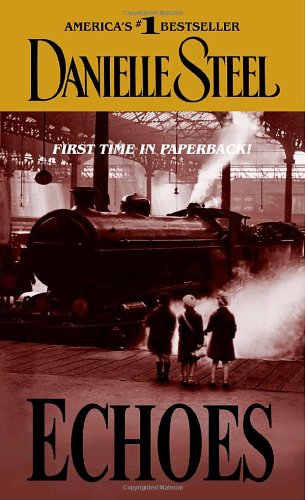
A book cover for Echoes; Danielle Steel; Romance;